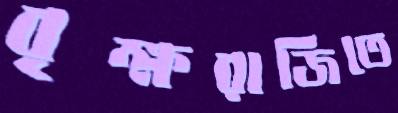
বৃক্ষরাজিতে